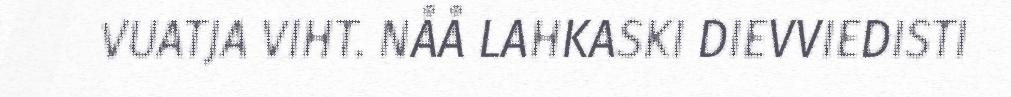
VUATJA VIHT. NÅÅ LAHKASKI DIEVVIEDISTI